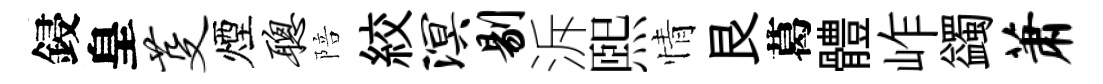
鋟皇芟煙聪陪絞溟剔泝煕情艮葛體岞蠲萧